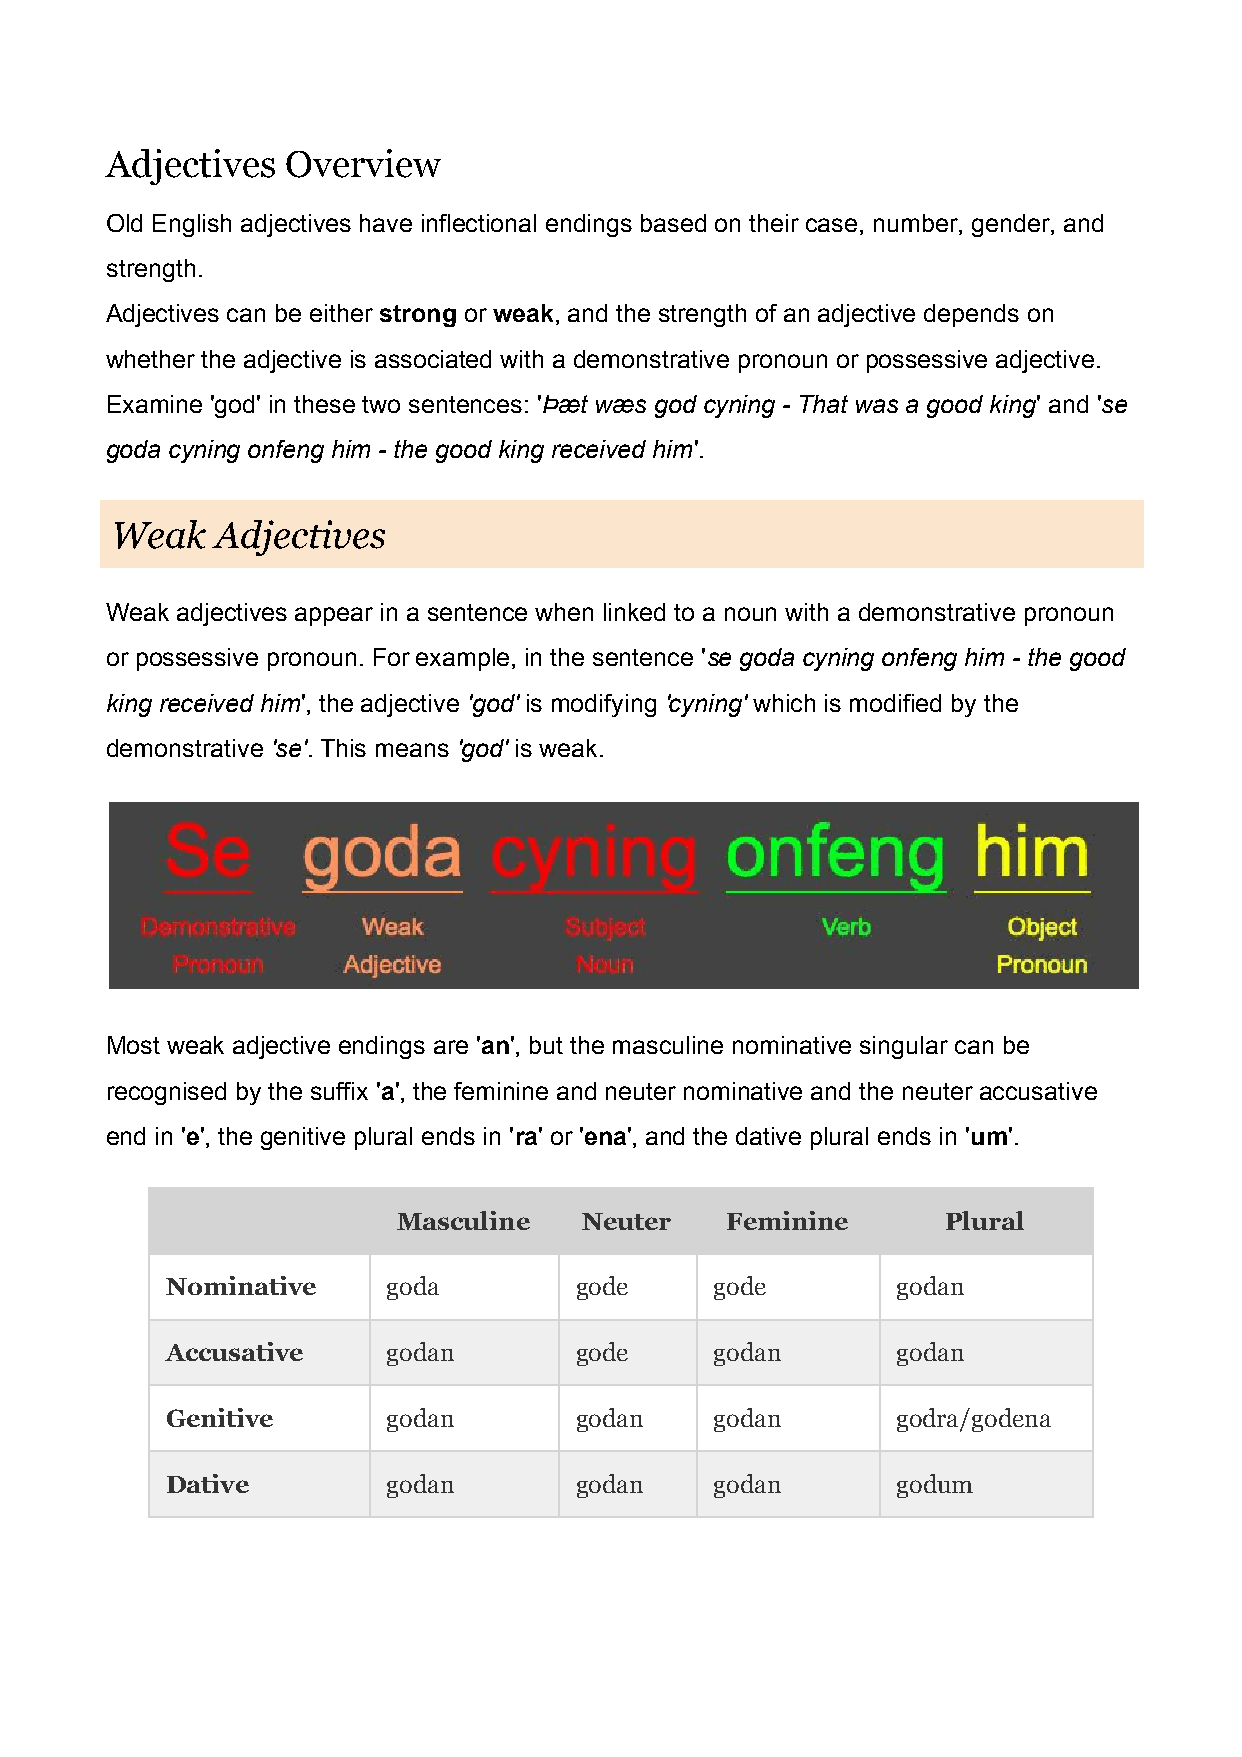
Adjectives  Overview
 Old English adjectives have inflectional endings based on their case, number, gender, and
 strength.
 Adjectives can be either strong or weak, and the strength of an adjective depends on
 ​    ​  ​   ​
 whether the adjective is associated with a demonstrative pronoun or possessive adjective.
 Examine 'god' in these two sentences: 'Þæt wæs god cyning - That was a good king' and 'se
 ​                               ​    ​
 goda cyning onfeng him - the good king received him'.
 ​
 Weak   Adjectives
 Weak adjectives appear in a sentence when linked to a noun with a demonstrative pronoun
 or possessive pronoun. For example, in the sentence 'se goda cyning onfeng him - the good
 ​
 king received him', the adjective 'god' is modifying 'cyning' which is modified by the
 ​          ​  ​         ​    ​
 demonstrative 'se'. This means 'god' is weak.
 ​ ​         ​  ​
 Most weak adjective endings are 'an', but the masculine nominative singular can be
 ​ ​
 recognised by the suffix 'a', the feminine and neuter nominative and the neuter accusative
 ​ ​
 end in 'e', the genitive plural ends in 'ra' or 'ena', and the dative plural ends in 'um'.
 ​ ​                   ​ ​  ​  ​                     ​  ​
 Masculine    Neuter   Feminine       Plural
 Nominative     goda        gode     gode        godan
 Accusative     godan       gode     godan       godan
 Genitive       godan       godan    godan       godra/godena
 Dative         godan       godan    godan       godum